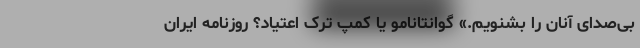
بی‌صدای آنان را بشنویم.» گوانتانامو یا کمپ ترک اعتیاد؟ روزنامه ایران